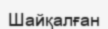
Шайқалған